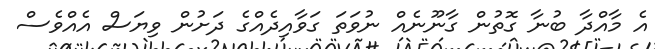
އެ މާއްދާ ބުނާ ގޮތުން ގާނޫނެއް ނުވަތަ ގަވާއިދެއްގެ ދަށުން ވިޔަސް އެއްވެސް